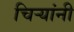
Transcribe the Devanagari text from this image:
चिर्‍यांनी